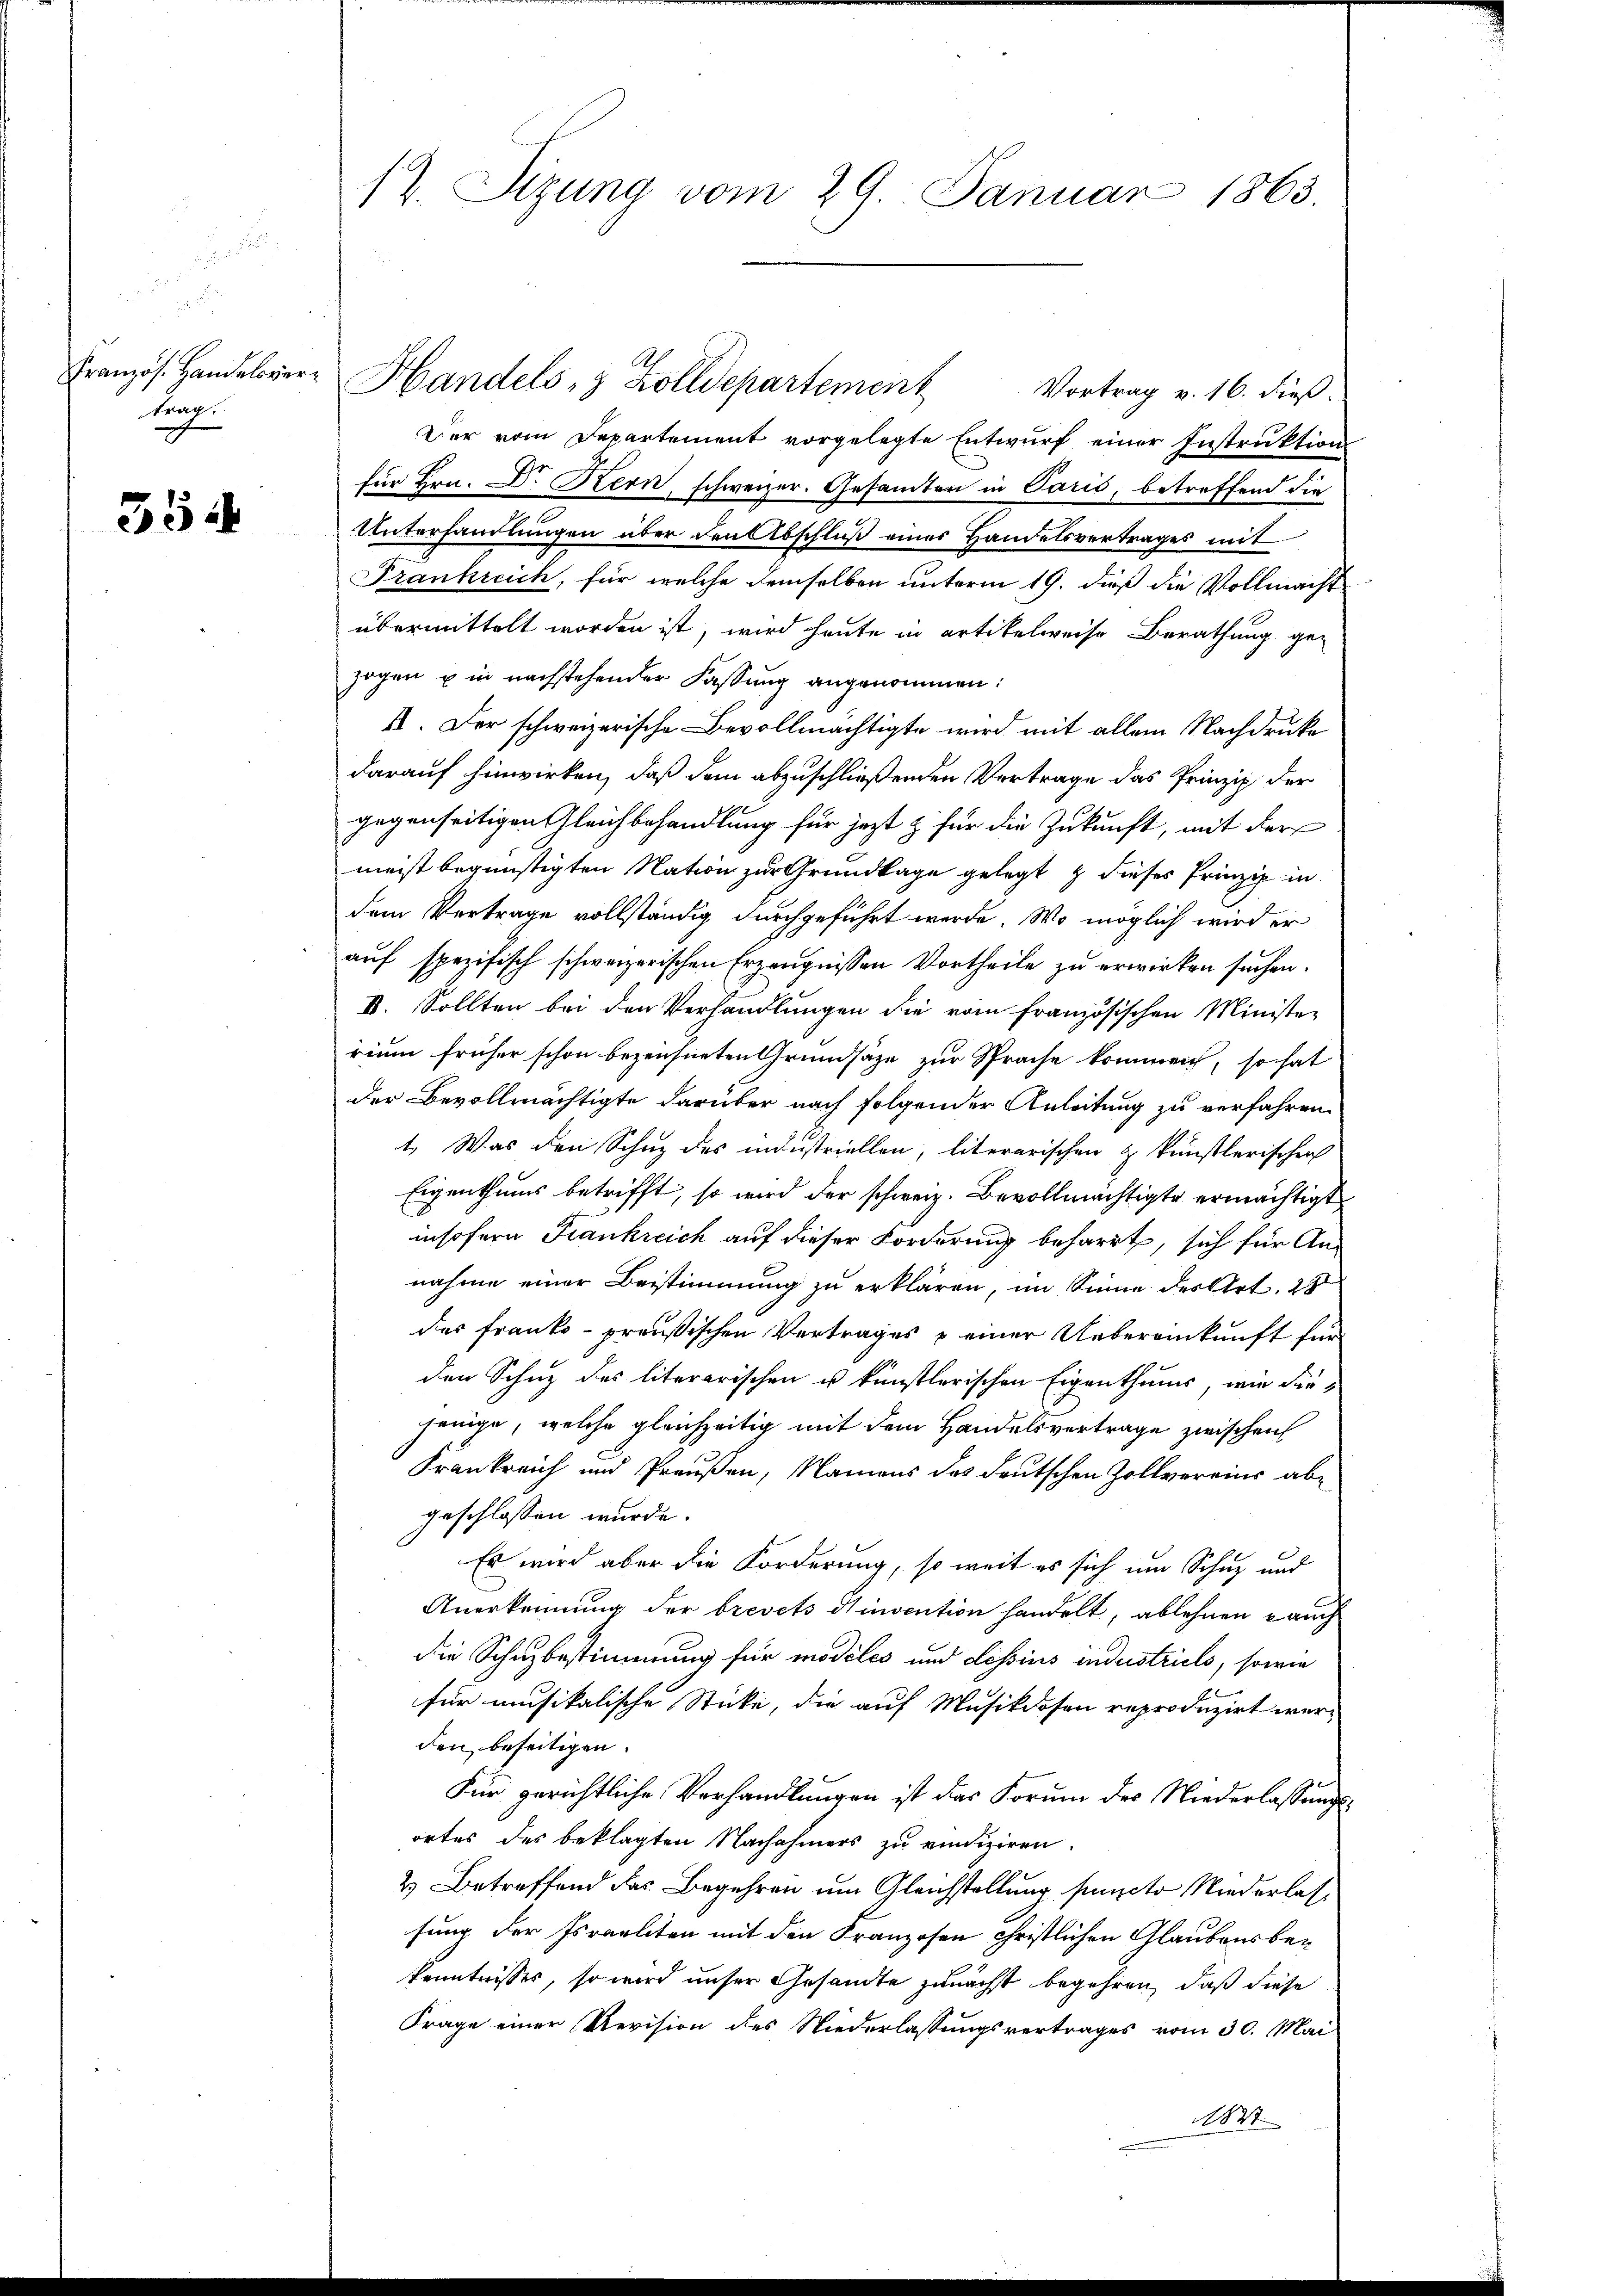
Französ. Handelsver
ten

35

12. Stzung vom 29. Januar 1863.

Handels- & Zolldepartement Vortrag v. 16. dieß.
Der vom Departement vorgelegte Entwurf einer Instruktion
für Hrn. Dr. Hern, schweizer. Gesamten in Paris, betreffend die
Unterhandlungen über den Abschluß eines Handelsvertrages mit
Frankreich, für welche demselben unterm 19. dieß die Vollmacht
übermittelt worden ist, wird heute in artikelweise Berathung ge-
zogen u in nachstehender Fassung angenommen:
II. Der schweizerische Bevollmächtigte wird mit allem Nachdrucke
darauf hinwirken, daß den abzuschließenden Vertrage das Prinzip der
gegenseitigen Gleichbehandlung für jezt z für die Zukunft, mit der
meist begünstigten Nation zur Grundlage gelegt & dieses Prinzip in
dem Vertrage vollständig durchgeführt werde. Wo möglich wird er
auf spezifisch schweizerischen Erzeugnissen Vortheile zu erwirken suchen.
II. Sollten bei den Verhandlungen die vom französischen Minister
rium früher schon bezeichneten Grundsätze zur Sprache kommen, so hat
der Bevollmächtigte darüber nach folgender Anleitung zu verfahren
1. Was den Schuz des industriellen, literarischen z künstlerischen
Eigenthums betrifft, so wird der schweiz. Bevollmächtigte ermächtigt
insofern Frankreich auf dieser Forderung beharrt, sich für Annahme einer Beistimmung zu erklären, im Sinne des Art. 25
des Franko-preußischen Vertrages & einer Uebereinkunft für
den Schutz des literarischen u künstlerischen Eigenthums, wie diejenige, welche gleichzeitig mit dem Handelsvertrage zwischen
Frankreich und Preußen, Namens des deutschen Zollvereins abe
geschlossen wurde.
Es wird aber die Forderung, so weit es sich um Schuz und
Anerkennung der brevets Hinvention handelt, ablehnen Lauch
die Schuzbestimmung für modeles und Lessins industriels, sowie
für musikalische Sticke, die auf Musikdosen reproduzirt werden beseitigen.
Für gerichtliche Verhandlungen ist das Forum des Niederlassungsortes des beklagten Nachahmers zu vindiziren.
2) Betreffend das Begehren um Gleichstellung puncto Niederlassung der Israeliten mit den Franzosen christlichen Glaubensbe¬
Kenntnisses, so wird unser Gesandte zunächst begehren, daß diese
Frage einer Revision des Niederlassungsvertrages vom 30. Mai
1827